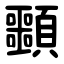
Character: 䫷